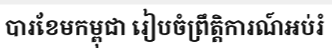
បារខែមកម្ពុជា រៀបចំព្រឹត្តិការណ៍អប់រំ